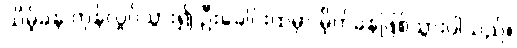
သိမ့်ခနဲ တုန်လှုပ်သွား၍ ဦးခေါင်းထဲမှာ မိုက်ခနဲဖြစ်သွားပါသည်။